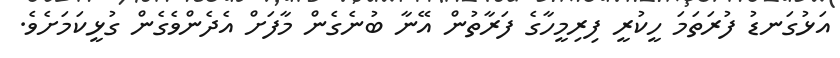
އަޅުގަނޑު ފުރަތަމަ ހީކުރީ ފިރިމީހާގެ ފަރާތުން އޭނާ ބުނެގެން މާފަށް އެދެންވެގެން ގުޅީކަމަށެވެ.